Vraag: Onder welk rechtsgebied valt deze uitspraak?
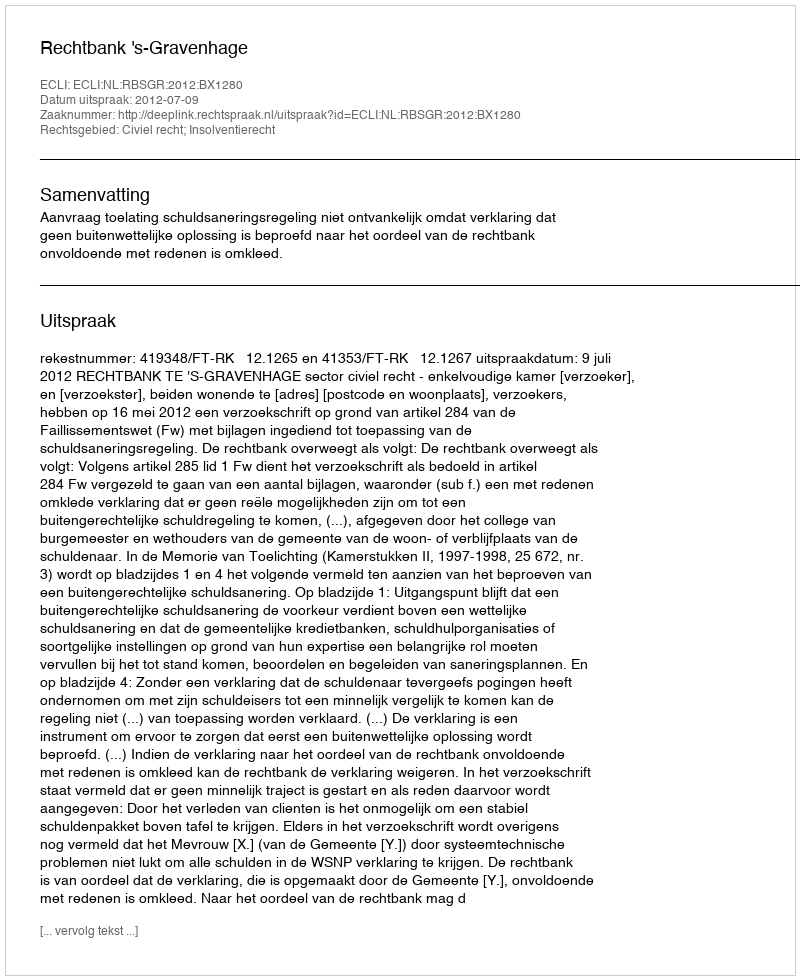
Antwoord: Civiel recht; Insolventierecht